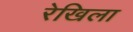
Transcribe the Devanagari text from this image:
रेखिला